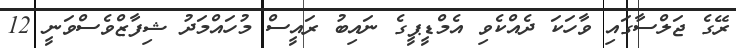
ރޭގެ ޖަލްސާގައި ވާހަކަ ދެއްކެވި އެމްޑީޕީގެ ނައިބު ރައީސް މުހައްމަދު ޝިފާޒްވެސްވަނީ 12